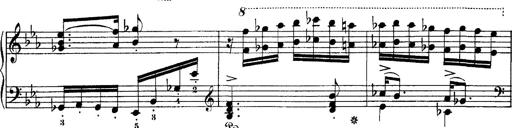
Title: Hungarian Rhapsody No.4
Composer: Franz Liszt
Key: E-flat major